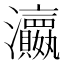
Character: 𱪛